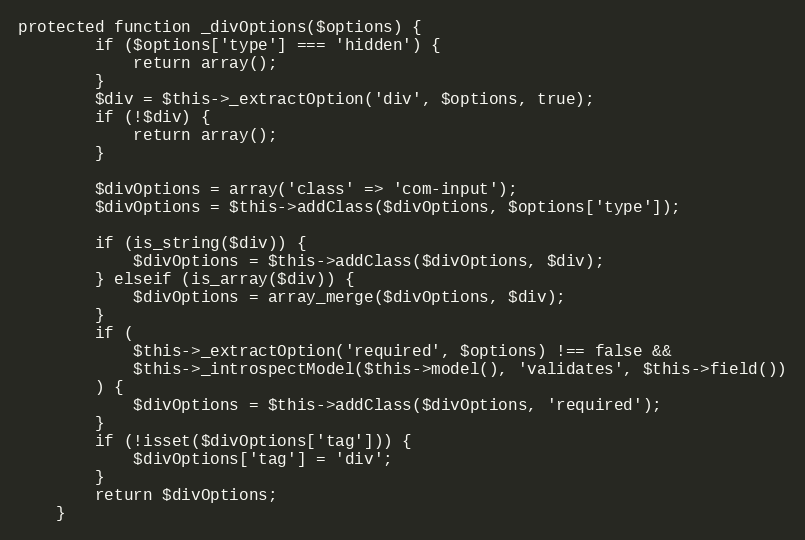
Language: PHP
protected function _divOptions($options) {
		if ($options['type'] === 'hidden') {
			return array();
		}
		$div = $this->_extractOption('div', $options, true);
		if (!$div) {
			return array();
		}

		$divOptions = array('class' => 'com-input');
		$divOptions = $this->addClass($divOptions, $options['type']);

		if (is_string($div)) {
			$divOptions = $this->addClass($divOptions, $div);
		} elseif (is_array($div)) {
			$divOptions = array_merge($divOptions, $div);
		}
		if (
			$this->_extractOption('required', $options) !== false &&
			$this->_introspectModel($this->model(), 'validates', $this->field())
		) {
			$divOptions = $this->addClass($divOptions, 'required');
		}
		if (!isset($divOptions['tag'])) {
			$divOptions['tag'] = 'div';
		}
		return $divOptions;
	}